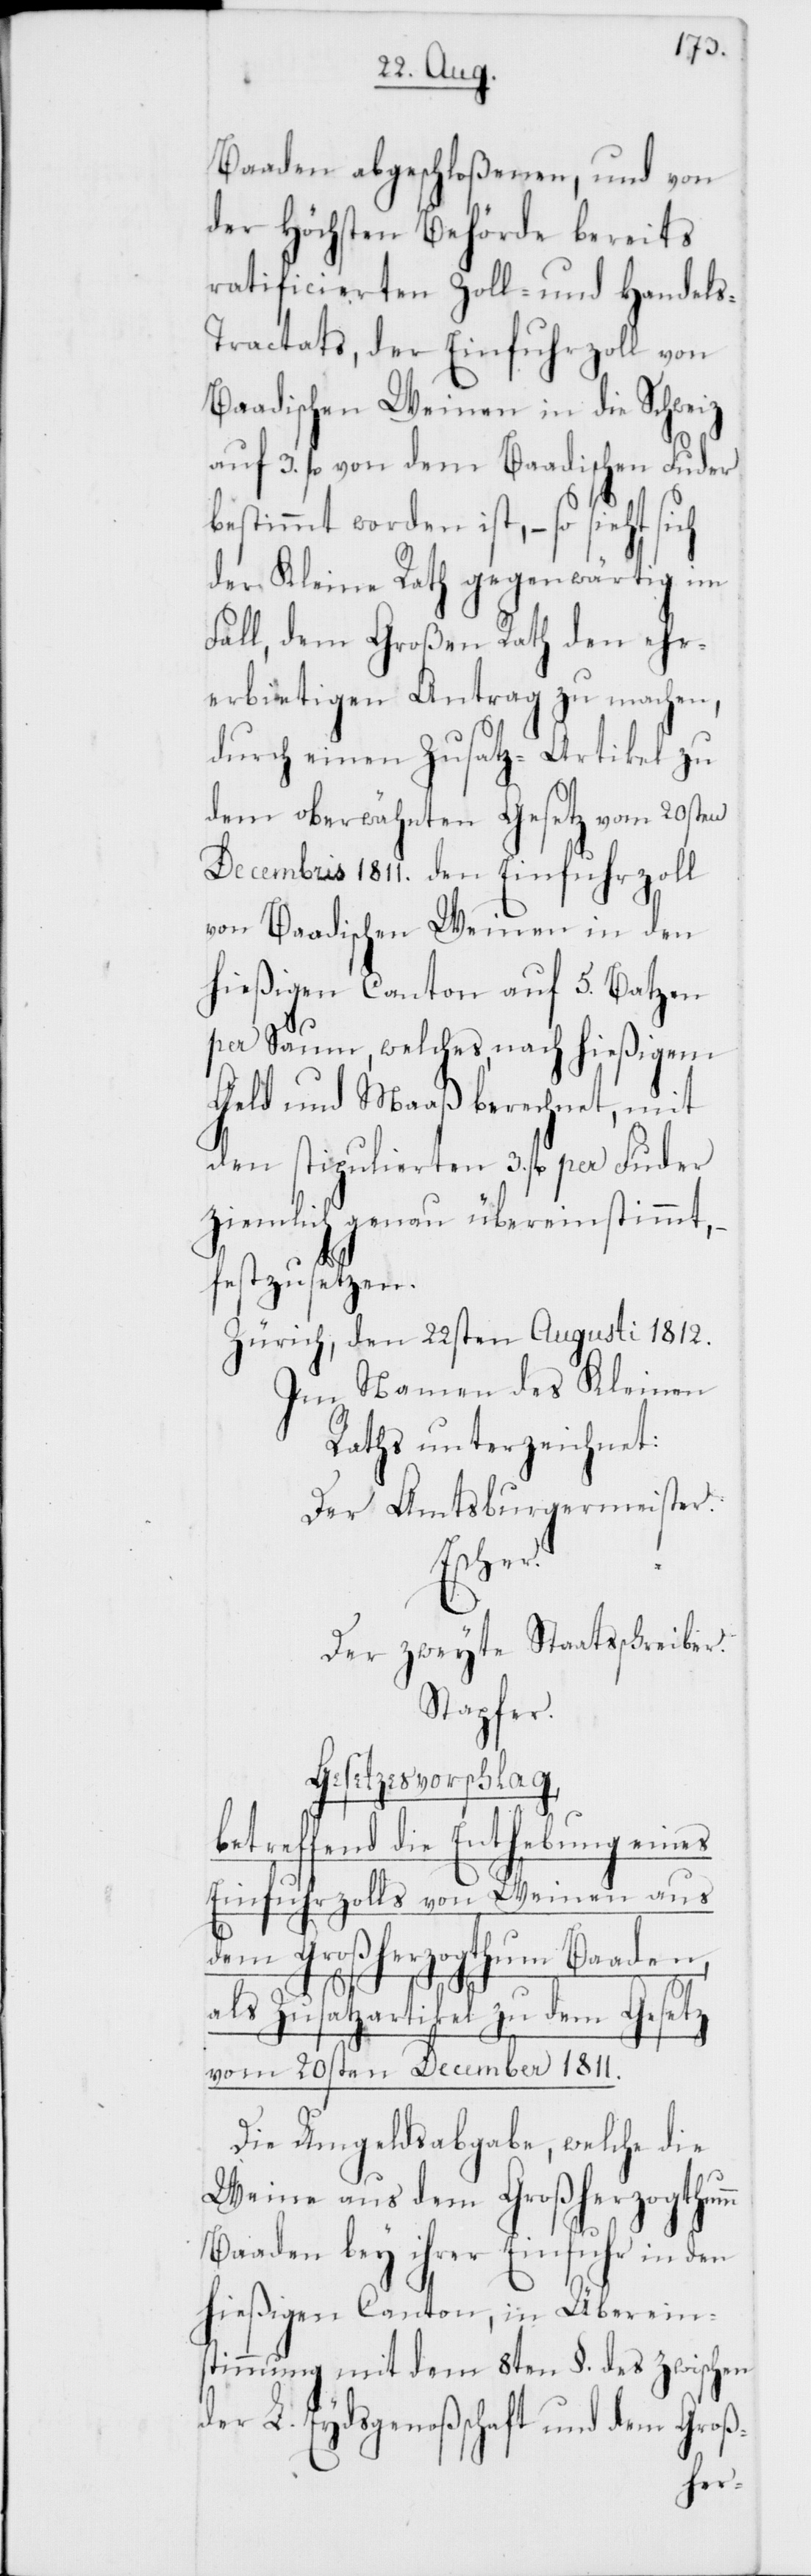
Baaden abgeschloßenen, und von
der Höchsten Behörde bereits
ratificierten Zoll- und Handels-T¬
ractat, der Einfuhrzoll von
Baadischen Weinen in die Schweiz
auf 3. fl. von dem Baadischen Fuder
bestimmt worden ist, – so sieht sich
der Kleine Rath gegenwärtig im
Fall, dem Großen Rath den ehr¬
erbietigen Antrag zu machen,
durch einen Zusatz-Artikel zu
dem oberwähnten Gesetz vom 20sten
Decembris 1811. den Einfuhrzoll
von Baadischen Weinen in den
hießigen Canton auf 5. Batzen
per Saum, welches nach hießigem
Geld und Maaß berechnet, mit
den stipulierten 3. fl. per Fuder
ziemlich genau übereinstimmt,
festzusetzen.
Zürich, den 22sten Augusti 1812.
Im Namen des Kleinen
Raths unterzeichnet:
Der Amtsburgermeister:
Escher.
Der zweyte Staatsschreiber.
Stapfer.
Gesetzesvorschlag,
betreffend die Enthebung eines
Einfuhrzolls von Weinen aus
dem Großherzogthum Baaden,
oß-
als Zusatzartikel zu dem Gesetz
vom 20sten December 1811.
Die Umgeldsabgabe, welche die
Weine aus dem Großherzogthumm
Baaden bey ihrer Einfuhr in den
hießigen Canton, in Überein¬
stimmung mit dem 8ten §. des zwischen
der L. Eydsgenoßenschaft und dem Gr¬